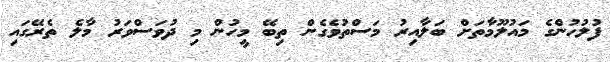
ފުލުހުންގެ މައުލޫމާތަށް ބަލާއިރު މަސްތުވެގެން ތިބޭ މީހުން މި ދުވަސްވަރު މާލެ ތެރޭގައި